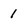
Character: 1